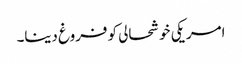
امریکی خوشحالی کو فروغ دینا۔